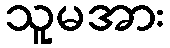
သူမအား